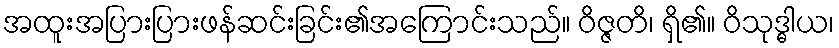
အထူးအပြားပြားဖန်ဆင်းခြင်း၏အကြောင်းသည်။ ဝိဇ္ဇတိ၊ ရှိ၏။ ဝိသုဒ္ဓါယ၊